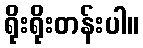
ရိုးရိုးတန်းပါ။